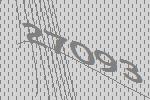
27093